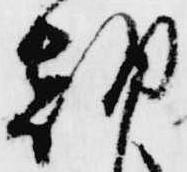
朝